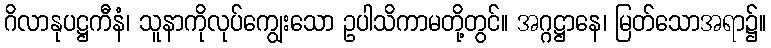
ဂိလာနုပဋ္ဌကီနံ၊ သူနာကိုလုပ်ကျွေးသော ဥပါသိကာမတို့တွင်။ အဂ္ဂဋ္ဌာနေ၊ မြတ်သောအရာ၌။